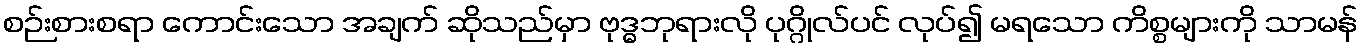
စဉ်းစားစရာ ကောင်းသော အချက် ဆိုသည်မှာ ဗုဒ္ဓဘုရားလို ပုဂ္ဂိုလ်ပင် လုပ်၍ မရသော ကိစ္စများကို သာမန်